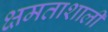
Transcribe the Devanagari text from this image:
क्षमताशाली